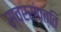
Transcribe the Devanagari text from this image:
स्वरसंपत्ति